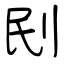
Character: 刡